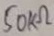
Text: 50KΩ